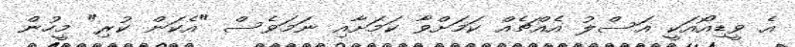
އެ ވީޑިއޯއަކީ އަސްލު އެއްޗެއް ކަމަށްވާ ކަމަށާއި ނަމަވެސް "އެކަން ކުރި" މީހުން